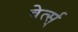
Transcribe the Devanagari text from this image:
वेर्त्स्